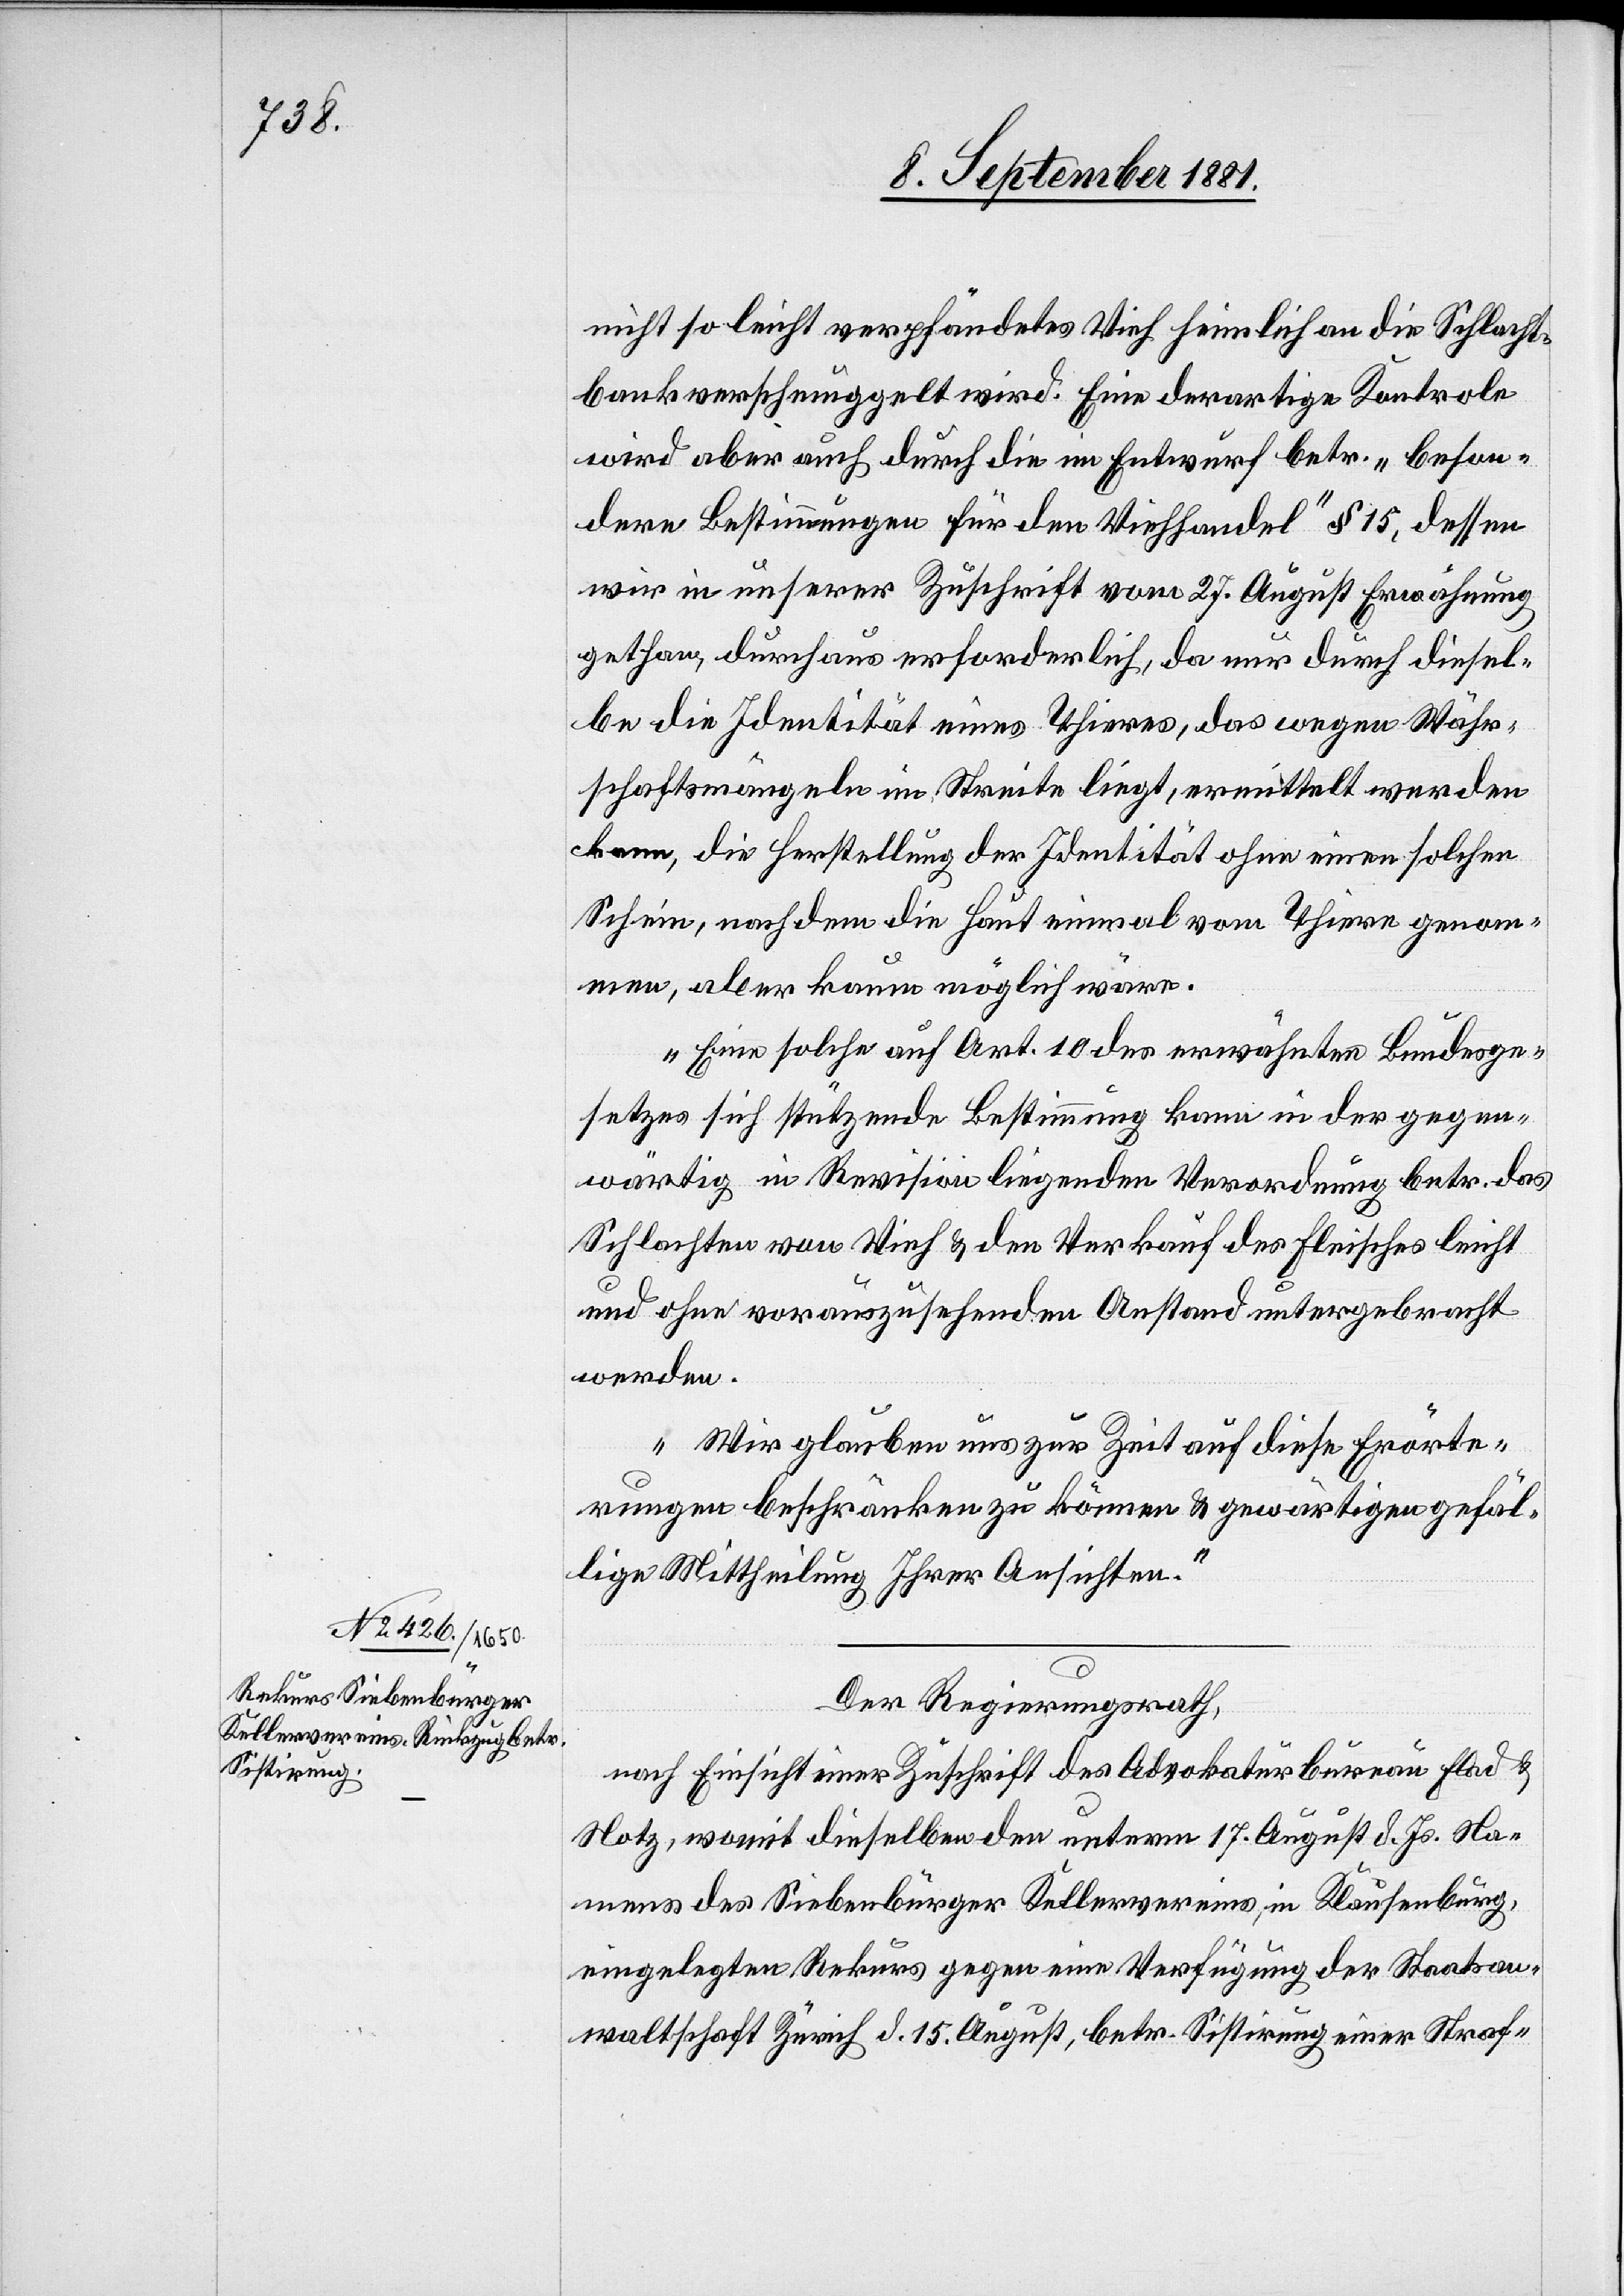
nicht so leicht verpfändetes Vieh heimlich an die Schlacht¬
bank verschmuggelt wird. Eine derartige Kontrole
wird aber auch durch die im Entwurf betr. „beson¬
dere Bestimmungen für den Viehhandel“ § 15, dessen
wir in unserer Zuschrift vom 27. August Erwähnung
gethan, durchaus erforderlich, da nur durch diesel¬
be die Identität eines Thieres, das wegen Wär¬
schaftsmängeln im Streite liegt, ermittelt werden
kann, die Herstellung der Identität ohne einen solchen
Schein, nachdem die Haut einmal ab von Thiere genom¬
men, aber kaum möglich wäre.
Eine solche auf Art. 10 des erwähnten Bundesge¬
setzes sich stützende Bestimmung kann in der gegen¬
wärtig in Revision liegenden Verordnung betr. das
Schlachten von Vieh & den Verkauf des Fleisches leicht
und ohne vorauszusehenden Anstand untergebracht
werden.
Wir glauben uns zur Zeit auf diese Erörte¬
rungen beschränken zu können & gewärtigen gefäl¬
lige Mittheilung Ihrer Ansichten.“
Der Regierungsrath,
nach Einsicht einer Zuschrift des Advokaturbureau Flad &
Notz, womit dieselben den unterm 17. August d. Js. Na¬
mens des Siebenbürger Kellervereins, in Klausenburg,
eingelangten Rekurs gegen eine Verfügung der Staatsan¬
waltschaft Zürich d. 15. August, betr. Sistirung einer Straf-